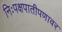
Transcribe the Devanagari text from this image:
निःपक्षपातीपणावर